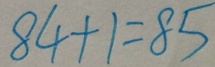
8 4 + 1 = 8 5